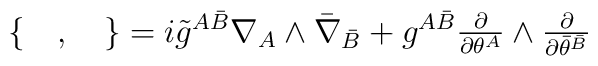
\begin{array}{c}\{\quad,\quad\}=i{\tilde g}^{A\bar B}\nabla_A\wedge{\bar\nabla}_{\bar B}+g^{A\bar B}\frac{\partial}{\partial \theta^A}\wedge\frac{\partial}{\partial{\bar\theta}^{\bar B}}\end{array}